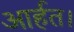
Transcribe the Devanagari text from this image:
आर्हत।